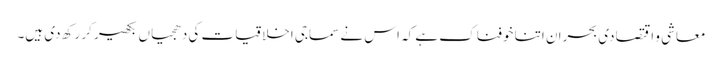
معاشی و اقتصادی بحران اتنا خوفناک ہے کہ اس نے سماجی اخلاقیات کی دھجیاں بکھیر کر رکھ دی ہیں۔